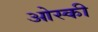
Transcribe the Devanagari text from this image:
ओस्की